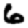
Digit: 6